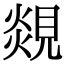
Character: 覢